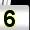
Digit: 5